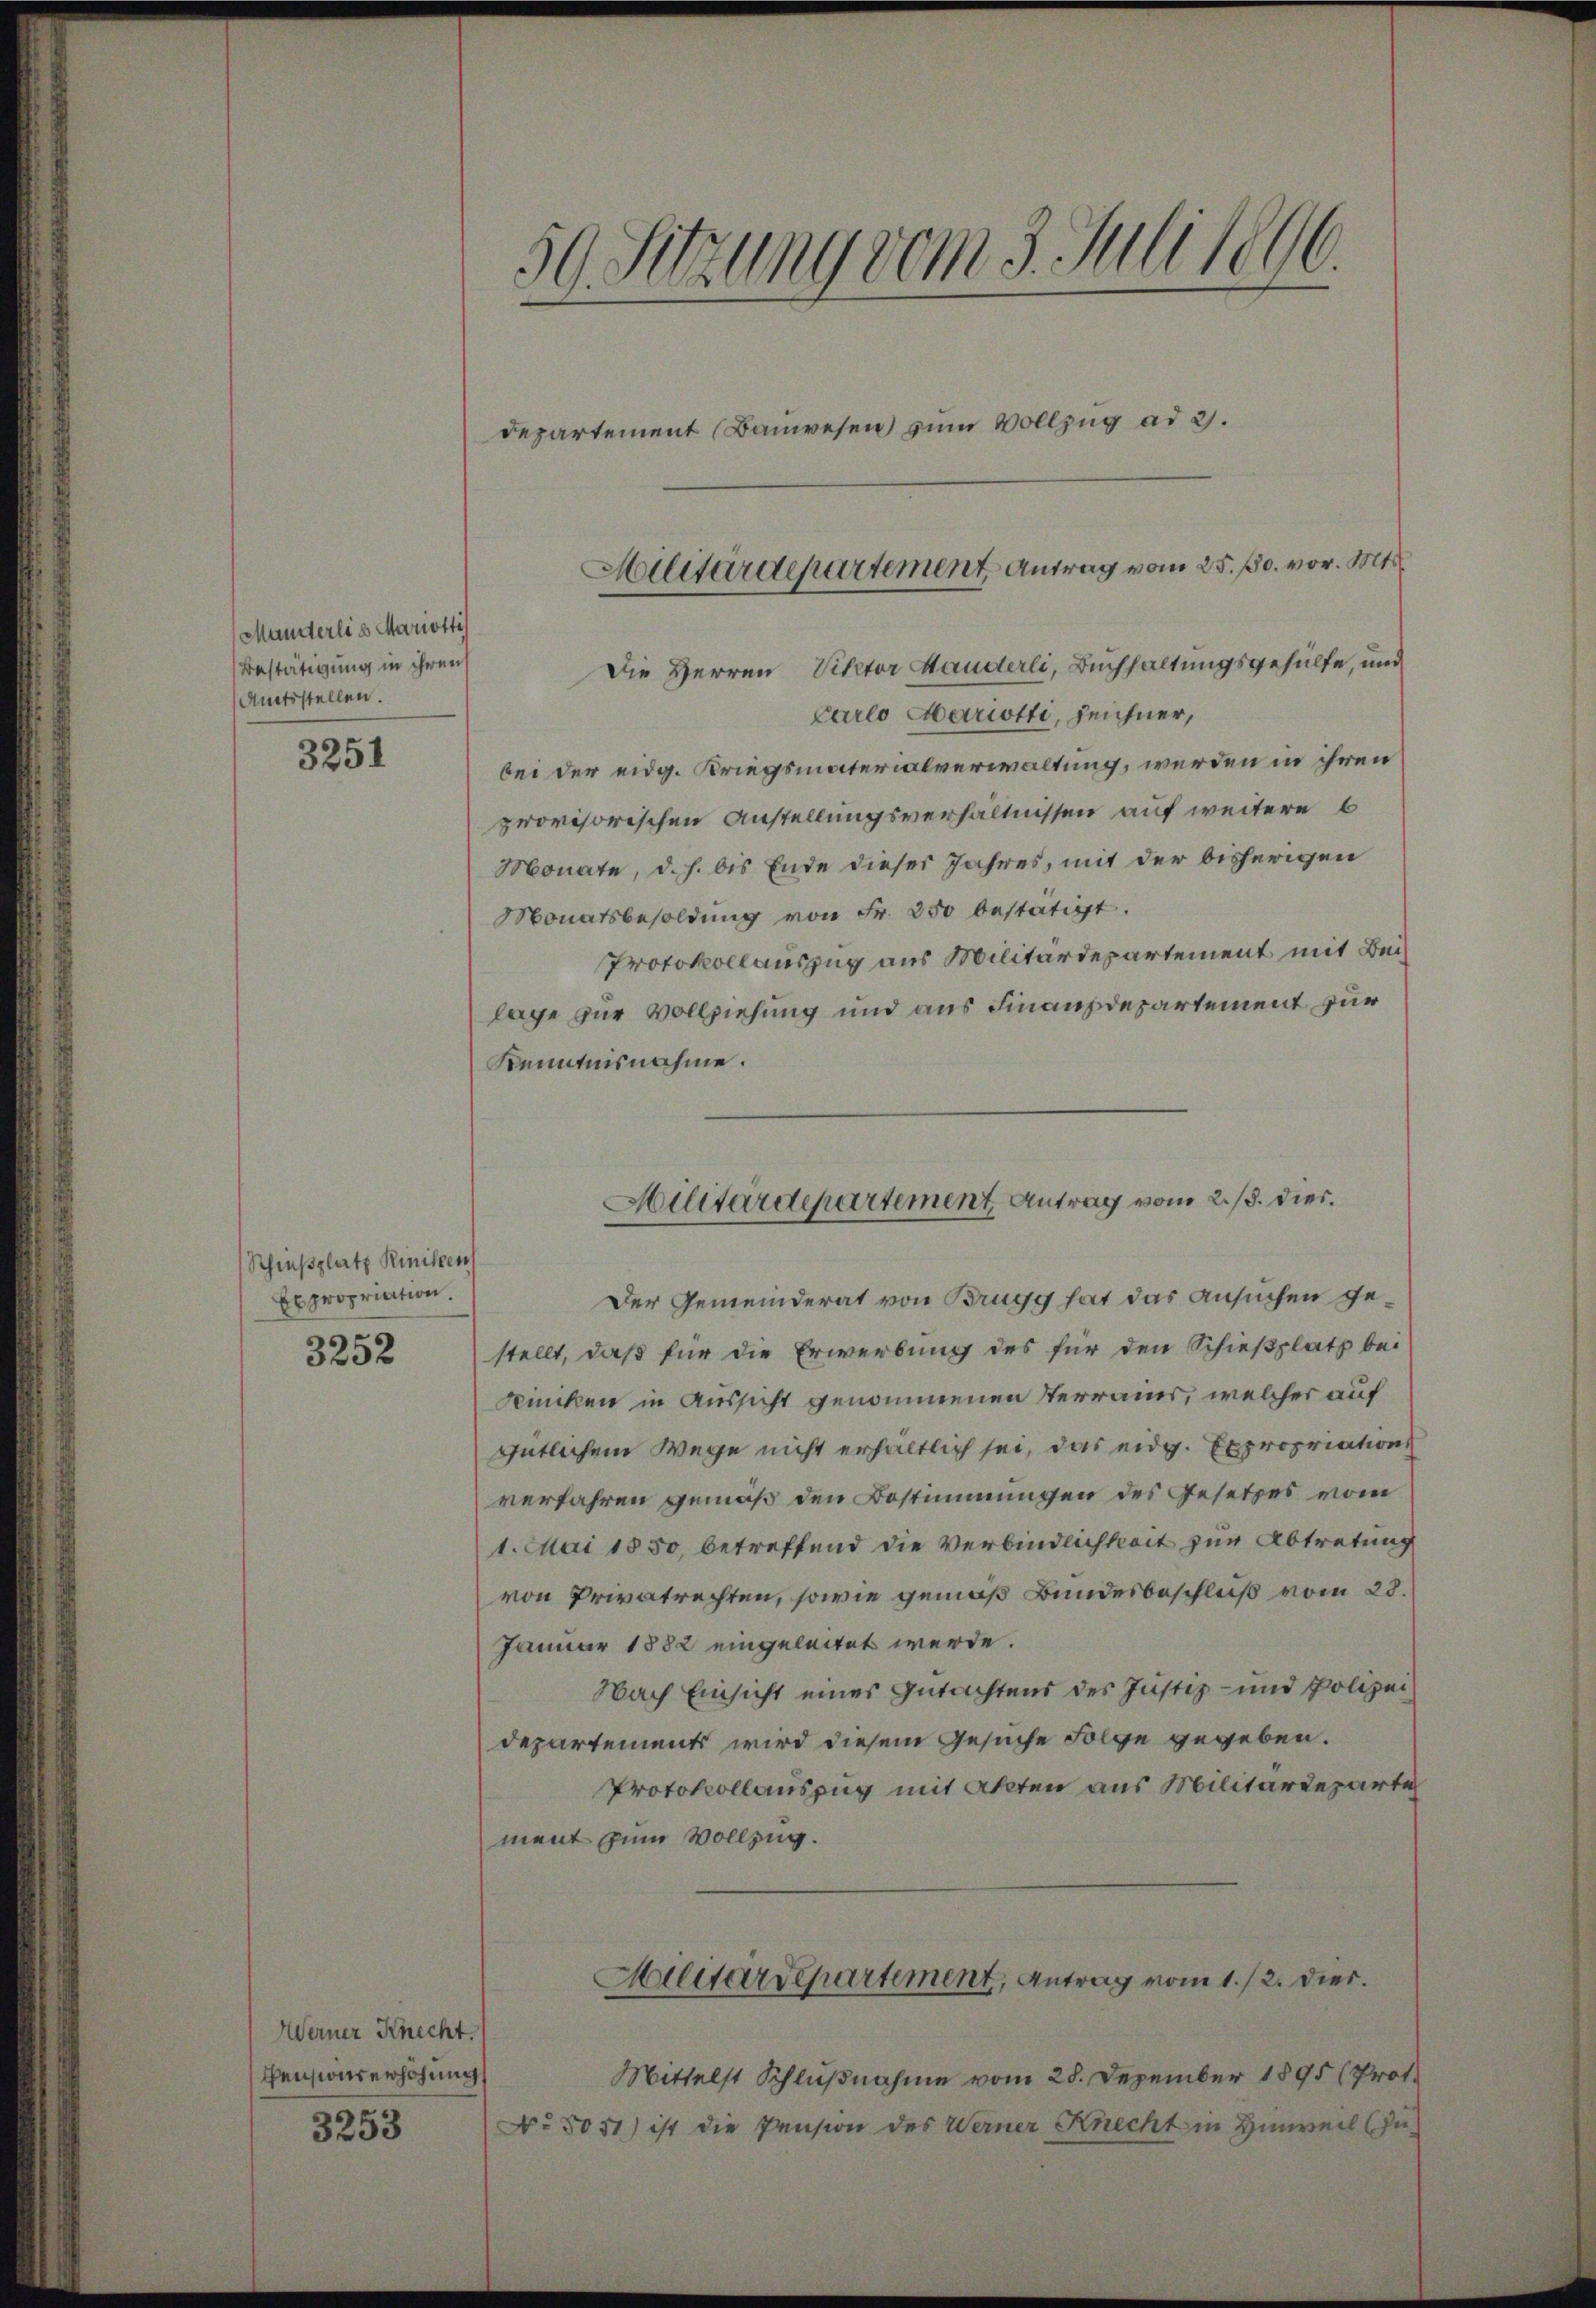
Manderlis Mariotti
Bestätigung in ihren
Amtsstellen.

3251

Schießplatz Rinisten
Expropriation.

3252

Werner Knecht.
Pensionserhöhung

3253

.
50. Sitzung vom 3. Juni 1896.

Die Herren Victor Mauderli, Buchhaltungsgehülfe, und
Carlo Mariotti, Zeichner,
bei der eidg. Kriegsmaterialverwaltung, werden in ihren
provisorischen Anstellungsverhältnissen auf weitere b
Monate, d. h. bis Ende dieser Jahres, mit der bisherigen
Monatsbesoldung von Fr. 250 bestätigt.
Protokollauszug aus Militärdepartement mit Beilage zur Vollziehung und aus Finanzdepartement zur
Kenntnisnahme.
Der Gemeinderat von Brugg hat das Ansuchen gestellt, daß für die Erwerbung des für den Schießplatz bei
Runken in Aussicht genommenen Terrains, welcher auf
gütlichem Wege nicht erhältlich sei, das eidg. Expropriation
verfahren gemäß den Bestimmungen des Gesetzes vom
1. Mai 1850, betreffend die Verbindlichkeit zur Abtretung
von Privatrechten, sowie gemäß Bundesbeschluß vom 28.
Januar 1882 eingeleitet werde.
Nach Einsicht eines Gutachtens des Justiz- und Polizei
departements wird diesem Gesuche Folge gegeben.
Protokollauszug mit Akten aus Militärdeparti
ment zum Vollzug.
Militärdepartement, Antrag vom 1./2. dies.
Mittelst Schlußnahme vom 28. Dezember 1895 (Prot.
No 5051) ist die Pension des Werner Knecht in Hinweil (In¬

Departement (Bauwesen zum Vollzug ad 2.

Militärdepartement Antrag vom 25. p. vor. Mts.

Militärdepartement Antrag vom 2./8. dies.